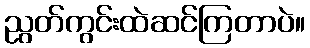
ညွတ်ကွင်းထဲဆင်ကြတာပဲ။